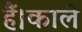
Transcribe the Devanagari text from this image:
हैं।काले